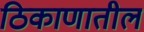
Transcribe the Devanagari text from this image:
ठिकाणातील